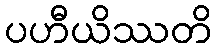
ပဟီယိဿတိ